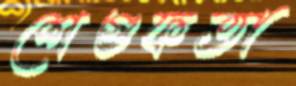
শেগুফতা